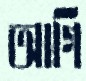
আগি